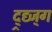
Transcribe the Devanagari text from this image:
द्र्द्य्ज्ग